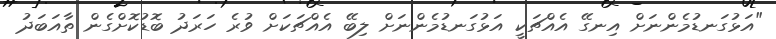
"އަޅުގަނޑުމެންނަށް އިނގޭ އެއްޗަކީ އަޅުގަނޑުމެންނަށް ލިބޭ އެއްޗަކަށް ވުރެ ހަރަދު ބޮޑުކޮށްގެން ތާއަބަދު